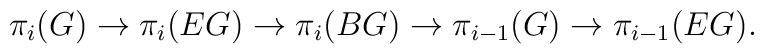
\pi_i(G)\rightarrow \pi_i(EG)\rightarrow \pi_i(BG)\rightarrow\pi_{i-1}(G)\rightarrow \pi_{i-1}(EG).